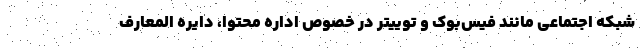
شبکه اجتماعی مانند فیس‌بوک و توییتر در خصوص اداره محتوا، دایره المعارف